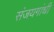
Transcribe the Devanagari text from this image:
संजयगांधी